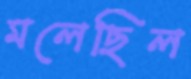
মলেছিল